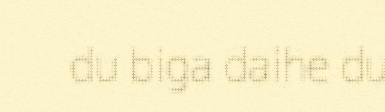
du biga daihe du